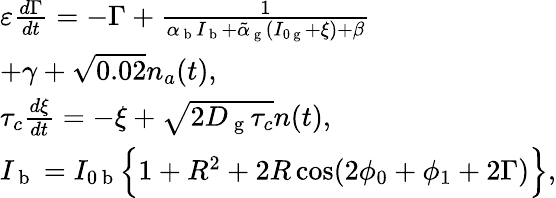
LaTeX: \begin{array}{l}{\varepsilon\frac{d\Gamma}{dt}=-\Gamma+\frac{1}{\alpha_{\mathrm{~b~}}I_{\mathrm{~b~}}+\tilde{\alpha}_{\mathrm{~g~}}(I_{0\mathrm{~g~}}+\xi)+\beta}}\\ {+\gamma+\sqrt{0.02}n_{a}(t),}\\ {\tau_{c}\frac{d\xi}{dt}=-\xi+\sqrt{2D_{\mathrm{~g~}}\tau_{c}}n(t),}\\ {I_{\mathrm{~b~}}=I_{0\mathrm{~b~}}\Big\{ 1+R^{2}+2R\cos(2\phi_{0}+\phi_{1}+2\Gamma)\Big\} ,}\end{array}